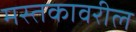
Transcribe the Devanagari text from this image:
मस्तकावरील